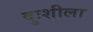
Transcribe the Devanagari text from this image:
दुःशीला